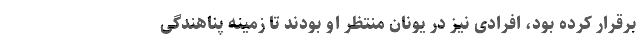
برقرار کرده بود، افرادی نیز در یونان منتظر او بودند تا زمینه پناهندگی